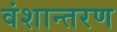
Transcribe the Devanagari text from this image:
वंशान्तरण